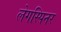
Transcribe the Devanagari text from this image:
लेगस्पिनर